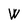
Character: W